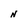
Character: N